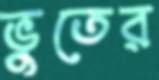
ভুতের